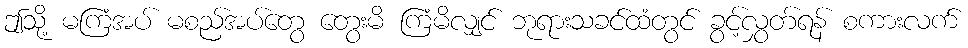
ဤသို့ မကြံအပ် မစည်အပ်တွေ တွေးမိ ကြံမိလျှင် ဘုရားသခင်ထံတွင် ခွင့်လွှတ်ရန် စကားလက်